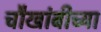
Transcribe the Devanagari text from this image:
चौखांबीच्या